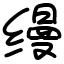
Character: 缦